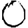
Digit: 0